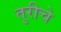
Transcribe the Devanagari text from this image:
तुरीचे